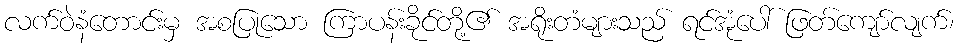
လက်ဝဲနံတောင်းမှ အစပြုသော ကြာပန်းခိုင်တို့၏ အရိုးတံများသည် ရင်အုံပေါ် ဖြတ်ကျော်လျက်၊